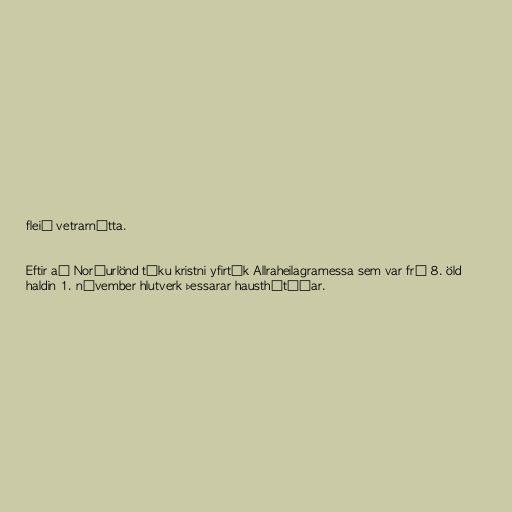
fleið vetrarnátta.

Eftir að Norðurlönd tóku kristni yfirtók Allraheilagramessa sem var frá 8. öld
haldin 1. nóvember hlutverk þessarar hausthátíðar.